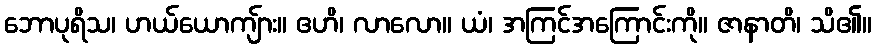
ဘောပုရိသ၊ ဟယ်ယောကျ်ား။ ဧဟိ၊ လာလော။ ယံ၊ အကြင်အကြောင်းကို။ ဇာနာတိ၊ သိ၏။